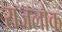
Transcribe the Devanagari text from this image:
राजलोक